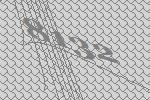
8132